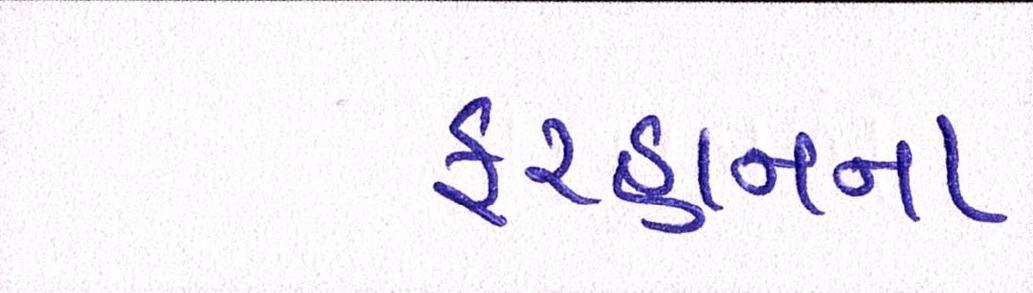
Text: ફરહાનના